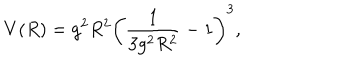
LaTeX: V ( R ) = g ^ { 2 } R ^ { 2 } \left( \frac { 1 } { 3 g ^ { 2 } R ^ { 2 } } - 1 \right) ^ { 3 } ,